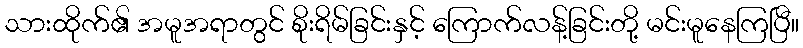
သားထိုက်၏ အမူအရာတွင် စိုးရိမ်ခြင်းနှင့် ကြောက်လန့်ခြင်းတို့ မင်းမူနေကြပြီ။